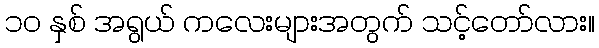
၁၀ နှစ် အရွယ် ကလေးများအတွက် သင့်တော်လား။